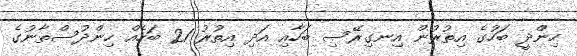
ހިންދީ ބަހުގެ އިތުރުން އިނގިރޭސި ބަހާއި އަދި އިތުރު 21 ބަހެއް ހިންދުސްތާނުގެ